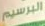
البرسيم